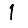
Digit: 1